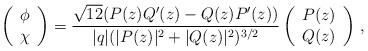
LaTeX: \begin{align*}\left(\begin{array}{c}\phi\\ \chi\end{array}\right)=\frac{\sqrt{12}(P(z)Q'(z)-Q(z)P'(z))}{|q|(|P(z)|^2+|Q(z)|^2)^{3/2}} \left(\begin{array}{c}P(z)\\ Q(z)\end{array}\right)\,,\end{align*}